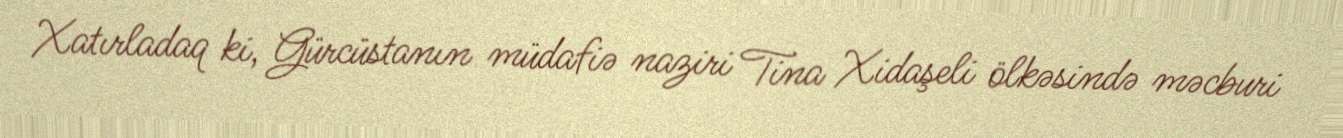
Xatırladaq ki, Gürcüstanın müdafiə naziri Tina Xidaşeli ölkəsində məcburi